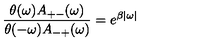
\frac { \theta ( \omega ) A _ { + - } ( \omega ) } { \theta ( - \omega ) A _ { - + } ( \omega ) } = e ^ { \beta | \omega | }